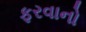
ફરવાનો